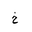
Letter: _kha